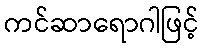
ကင်ဆာရောဂါဖြင့်